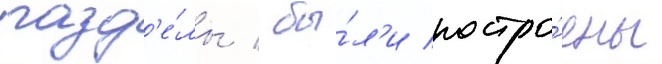
разд'е́лы / бы́л'и постро́ены